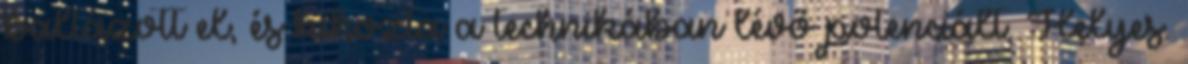
baltázott el, és kihozta a technikában lévő potenciált. Helyes.